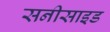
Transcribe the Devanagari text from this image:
सनीसाइड